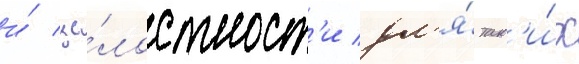
и́ це́лостност'и дл'я́ так'и́х